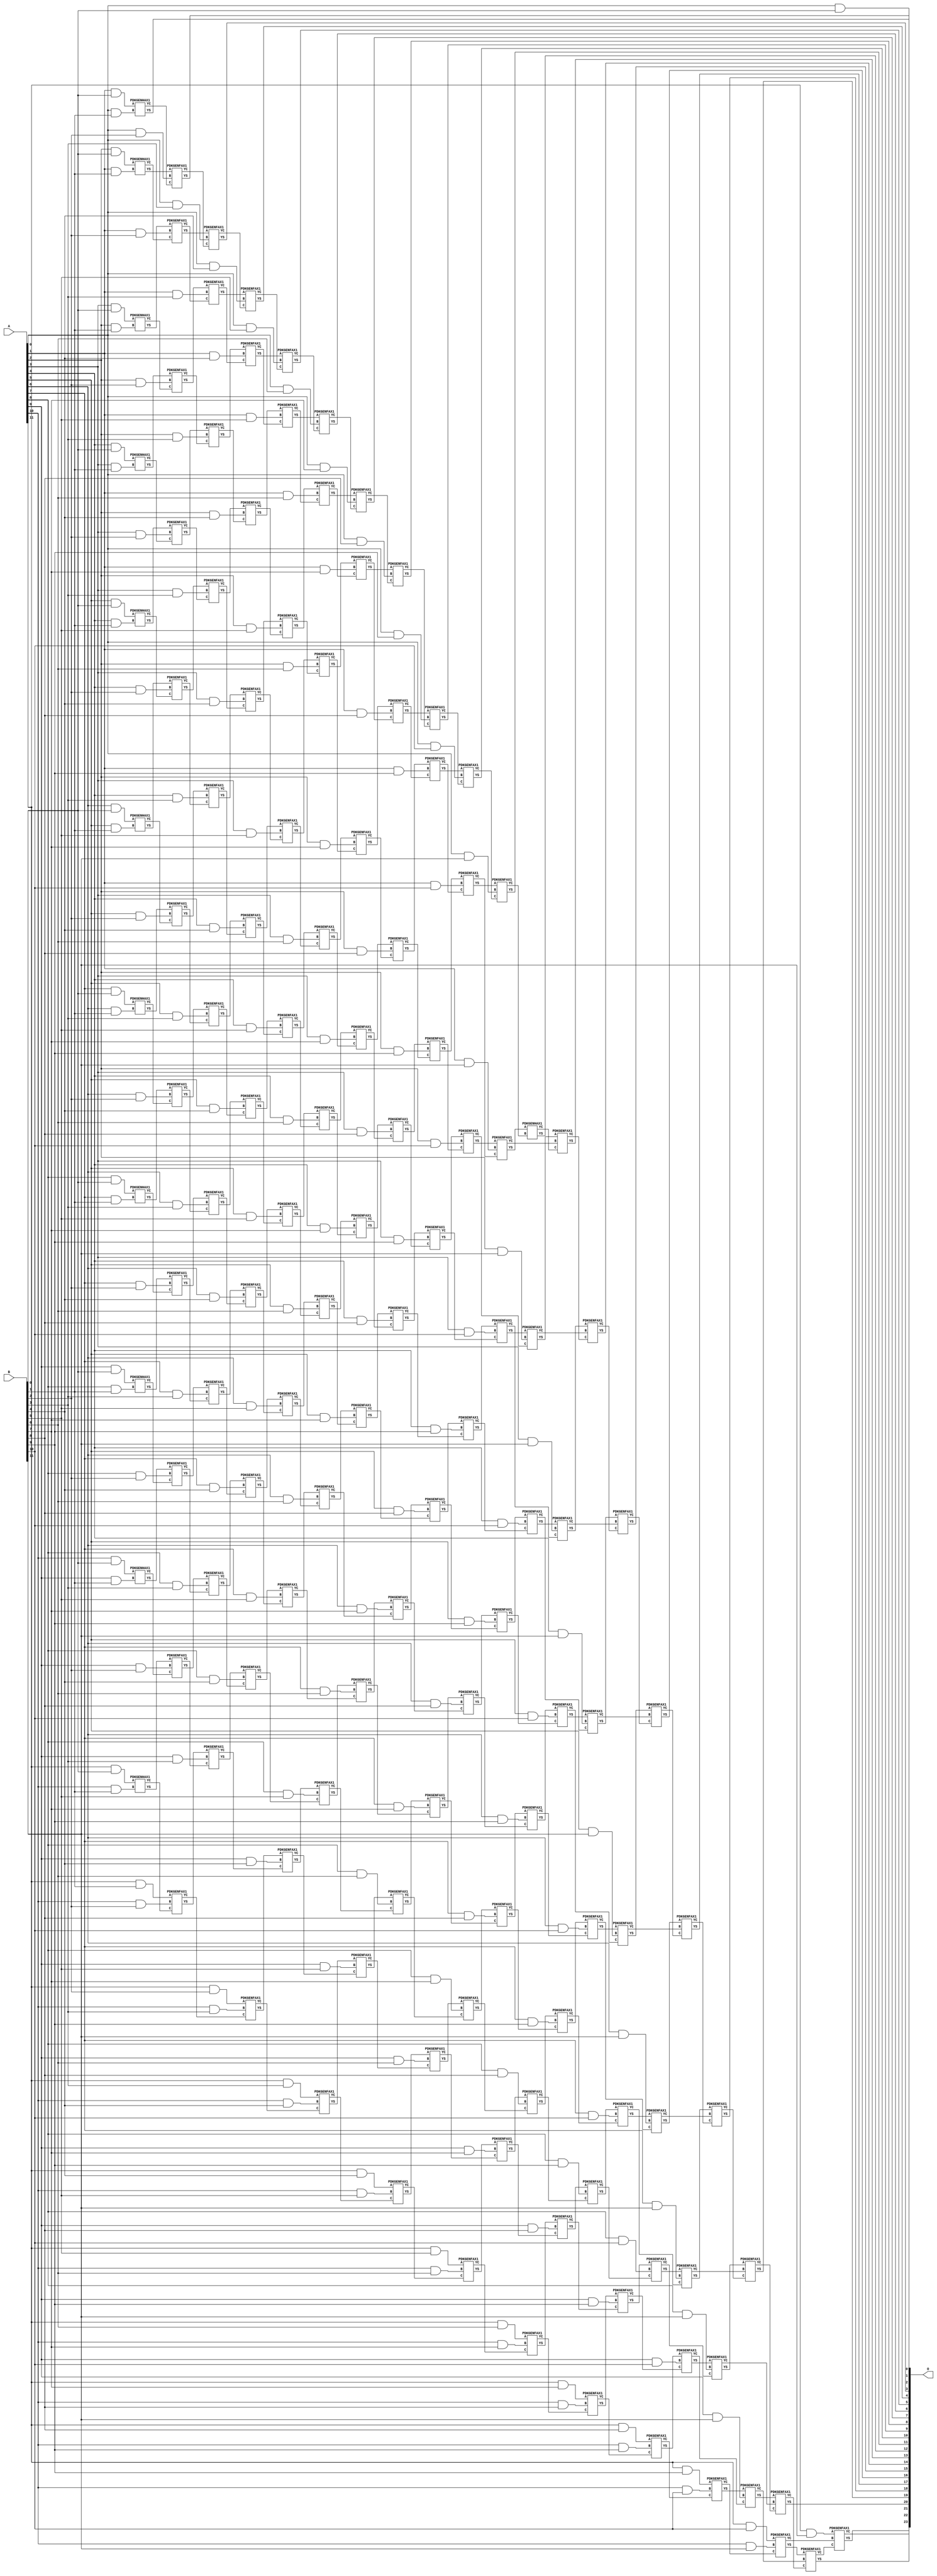
/***
* This code is a part of EvoApproxLib library (ehw.fit.vutbr.cz/approxlib) distributed under The MIT License.
* When used, please cite the following article(s): V. Mrazek, Z. Vasicek and R. Hrbacek, "Role of circuit representation in evolutionary design of energy-efficient approximate circuits" in IET Computers & Digital Techniques, vol. 12, no. 4, pp. 139-149, 7 2018. doi: 10.1049/iet-cdt.2017.0188 
* This file contains a circuit from a sub-set of pareto optimal circuits with respect to the pwr and mse parameters
***/
// MAE% = 0.00 %
// MAE = 0 
// WCE% = 0.00 %
// WCE = 0 
// WCRE% = 0.00 %
// EP% = 0.00 %
// MRE% = 0.00 %
// MSE = 0 
// PDK45_PWR = 1.157 mW
// PDK45_AREA = 1605.0 um2
// PDK45_DELAY = 2.28 ns

module mul12u_1BG(A, B, O);
  input [11:0] A, B;
  output [23:0] O;
  wire n_1192, n_1750, n_1751, n_1206, n_1759, n_1613, n_1612, n_1200, n_1816, n_1684;
  wire n_322, n_706, n_1105, n_1104, n_1295, n_1294, n_156, n_1866, n_729, n_728;
  wire n_721, n_720, n_237, n_236, n_1758, n_2032, n_2033, n_554, n_555, n_214;
  wire n_656, n_126, n_120, n_836, n_1032, n_830, n_424, n_425, n_1402, n_1403;
  wire n_1969, n_1968, n_18, n_19, n_16, n_17, n_14, n_15, n_12, n_13;
  wire n_10, n_11, n_330, n_880, n_336, n_888, n_889, n_1532, n_1242, n_1243;
  wire n_903, n_1085, n_1496, n_1322, n_84, n_779, n_1916, n_1917, n_1910, n_1911;
  wire n_1504, n_1330, n_1148, n_1662, n_1142, n_1394, n_1395, n_1983, n_1982, n_1822;
  wire n_569, n_568, n_1055, n_563, n_562, n_953, n_1358, n_162, n_286, n_287;
  wire n_518, n_510, n_308, n_264, n_265, n_300, n_642, n_794, n_604, n_605;
  wire n_795, n_765, n_764, n_947, n_946, n_417, n_416, n_411, n_410, n_1366;
  wire n_1946, n_45, n_44, n_47, n_46, n_41, n_40, n_43, n_42, n_1040;
  wire n_866, n_1591, n_48, n_1895, n_1894, n_996, n_460, n_461, n_1563, n_1562;
  wire n_468, n_1446, n_1447, n_1554, n_1569, n_1568, n_1626, n_1555, n_1620, n_1621;
  wire n_1184, n_1737, n_1214, n_1743, n_1742, n_1692, n_1134, n_1874, n_1947, n_228;
  wire n_229, n_184, n_634, n_220, n_221, n_2027, n_2026, n_648, n_526, n_134;
  wire n_822, n_352, n_1004, n_982, n_453, n_452, n_358, n_1634, n_736, n_737;
  wire n_1526, n_1251, n_1250, n_1700, n_1706, n_1259, n_1258, n_1991, n_1091, n_1090;
  wire n_852, n_916, n_1098, n_910, n_858, n_1316, n_925, n_924, n_76, n_1903;
  wire n_1902, n_1417, n_1416, n_1598, n_1411, n_1410, n_1794, n_1795, n_1170, n_1178;
  wire n_1599, n_1772, n_1773, n_1678, n_1778, n_1670, n_1389, n_1388, n_1380, n_613;
  wire n_612, n_1830, n_1836, n_576, n_577, n_170, n_178, n_251, n_250, n_259;
  wire n_258, n_316, n_700, n_1099, n_380, n_2018, n_917, n_389, n_388, n_2010;
  wire n_2011, n_911, n_778, n_670, n_678, n_772, n_773, n_952, n_1054, n_402;
  wire n_403, n_1424, n_1425, n_1352, n_30, n_31, n_32, n_33, n_34, n_35;
  wire n_36, n_37, n_38, n_39, n_1585, n_1584, n_816, n_1048, n_1953, n_787;
  wire n_1510, n_786, n_1952, n_1453, n_1452, n_1518, n_496, n_490, n_344, n_1228;
  wire n_1229, n_1220, n_1221, n_1736, n_1590, n_1642, n_1127, n_1126, n_1121, n_1120;
  wire n_1844, n_585, n_584, n_626, n_627, n_192, n_621, n_1961, n_1960, n_532;
  wire n_1648, n_104, n_1018, n_366, n_1010, n_902, n_447, n_692, n_2041, n_2040;
  wire n_743, n_742, n_1300, n_1264, n_1265, n_1308, n_968, n_844, n_1627, n_1068;
  wire n_1069, n_961, n_960, n_1062, n_1063, n_1938, n_1939, n_68, n_1932, n_1933;
  wire n_62, n_1460, n_1461, n_990, n_1468, n_1779, n_1787, n_1786, n_1162, n_8;
  wire n_9, n_4, n_5, n_6, n_7, n_0, n_1, n_2, n_3, n_1765;
  wire n_1764, n_1604, n_1605, n_1800, n_1808, n_1714, n_548, n_540, n_1112, n_1113;
  wire n_2019, n_1286, n_1287, n_148, n_142, n_714, n_242, n_243, n_620, n_1084;
  wire n_394, n_395, n_2005, n_2004, n_662, n_433, n_432, n_1439, n_1438, n_439;
  wire n_438, n_1433, n_1432, n_23, n_22, n_21, n_20, n_27, n_26, n_25;
  wire n_24, n_1974, n_1975, n_29, n_28, n_895, n_894, n_1272, n_1490, n_482;
  wire n_1237, n_1236, n_1729, n_1728, n_1482, n_932, n_933, n_1336, n_1720, n_938;
  wire n_939, n_90, n_98, n_1656, n_1026, n_1156, n_1996, n_1997, n_1990, n_1858;
  wire n_1852, n_590, n_591, n_598, n_599, n_1721, n_1344, n_112, n_295, n_294;
  wire n_808, n_504, n_273, n_272, n_374, n_279, n_278, n_1576, n_1577, n_684;
  wire n_800, n_1548, n_200, n_750, n_751, n_206, n_758, n_759, n_1279, n_1278;
  wire n_1374, n_1273, n_446, n_1540, n_1925, n_1924, n_1888, n_1889, n_874, n_1077;
  wire n_1076, n_1880, n_974, n_54, n_474, n_1474;
  assign n_0 = A[0];
  assign n_1 = A[0];
  assign n_2 = A[1];
  assign n_3 = A[1];
  assign n_4 = A[2];
  assign n_5 = A[2];
  assign n_6 = A[3];
  assign n_7 = A[3];
  assign n_8 = A[4];
  assign n_9 = A[4];
  assign n_10 = A[5];
  assign n_11 = A[5];
  assign n_12 = A[6];
  assign n_13 = A[6];
  assign n_14 = A[7];
  assign n_15 = A[7];
  assign n_16 = A[8];
  assign n_17 = A[8];
  assign n_18 = A[9];
  assign n_19 = A[9];
  assign n_20 = A[10];
  assign n_21 = A[10];
  assign n_22 = A[11];
  assign n_23 = A[11];
  assign n_24 = B[0];
  assign n_25 = B[0];
  assign n_26 = B[1];
  assign n_27 = B[1];
  assign n_28 = B[2];
  assign n_29 = B[2];
  assign n_30 = B[3];
  assign n_31 = B[3];
  assign n_32 = B[4];
  assign n_33 = B[4];
  assign n_34 = B[5];
  assign n_35 = B[5];
  assign n_36 = B[6];
  assign n_37 = B[6];
  assign n_38 = B[7];
  assign n_39 = B[7];
  assign n_40 = B[8];
  assign n_41 = B[8];
  assign n_42 = B[9];
  assign n_43 = B[9];
  assign n_44 = B[10];
  assign n_45 = B[10];
  assign n_46 = B[11];
  assign n_47 = B[11];
  assign n_48 = n_0 & n_24;
  assign n_54 = n_2 & n_24;
  assign n_62 = n_4 & n_24;
  assign n_68 = n_6 & n_24;
  assign n_76 = n_8 & n_24;
  assign n_84 = n_10 & n_24;
  assign n_90 = n_12 & n_24;
  assign n_98 = n_14 & n_24;
  assign n_104 = n_16 & n_24;
  assign n_112 = n_18 & n_24;
  assign n_120 = n_20 & n_24;
  assign n_126 = n_22 & n_24;
  assign n_134 = n_0 & n_26;
  assign n_142 = n_2 & n_26;
  assign n_148 = n_4 & n_26;
  assign n_156 = n_6 & n_26;
  assign n_162 = n_8 & n_26;
  assign n_170 = n_10 & n_26;
  assign n_178 = n_12 & n_26;
  assign n_184 = n_14 & n_26;
  assign n_192 = n_16 & n_26;
  assign n_200 = n_18 & n_26;
  assign n_206 = n_20 & n_26;
  assign n_214 = n_22 & n_26;
  PDKGENHAX1 tmp83(.YS(n_220), .YC(n_221), .A(n_54), .B(n_134));
  PDKGENHAX1 tmp84(.YS(n_228), .YC(n_229), .A(n_62), .B(n_142));
  PDKGENHAX1 tmp85(.YS(n_236), .YC(n_237), .A(n_68), .B(n_148));
  PDKGENHAX1 tmp86(.YS(n_242), .YC(n_243), .A(n_76), .B(n_156));
  PDKGENHAX1 tmp87(.YS(n_250), .YC(n_251), .A(n_84), .B(n_162));
  PDKGENHAX1 tmp88(.YS(n_258), .YC(n_259), .A(n_90), .B(n_170));
  PDKGENHAX1 tmp89(.YS(n_264), .YC(n_265), .A(n_98), .B(n_178));
  PDKGENHAX1 tmp90(.YS(n_272), .YC(n_273), .A(n_104), .B(n_184));
  PDKGENHAX1 tmp91(.YS(n_278), .YC(n_279), .A(n_112), .B(n_192));
  PDKGENHAX1 tmp92(.YS(n_286), .YC(n_287), .A(n_120), .B(n_200));
  PDKGENHAX1 tmp93(.YS(n_294), .YC(n_295), .A(n_126), .B(n_206));
  assign n_300 = n_0 & n_28;
  assign n_308 = n_2 & n_28;
  assign n_316 = n_4 & n_28;
  assign n_322 = n_6 & n_28;
  assign n_330 = n_8 & n_28;
  assign n_336 = n_10 & n_28;
  assign n_344 = n_12 & n_28;
  assign n_352 = n_14 & n_28;
  assign n_358 = n_16 & n_28;
  assign n_366 = n_18 & n_28;
  assign n_374 = n_20 & n_28;
  assign n_380 = n_22 & n_28;
  PDKGENFAX1 tmp106(.YS(n_388), .YC(n_389), .A(n_228), .B(n_300), .C(n_221));
  PDKGENFAX1 tmp107(.YS(n_394), .YC(n_395), .A(n_236), .B(n_308), .C(n_229));
  PDKGENFAX1 tmp108(.YS(n_402), .YC(n_403), .A(n_242), .B(n_316), .C(n_237));
  PDKGENFAX1 tmp109(.YS(n_410), .YC(n_411), .A(n_250), .B(n_322), .C(n_243));
  PDKGENFAX1 tmp110(.YS(n_416), .YC(n_417), .A(n_258), .B(n_330), .C(n_251));
  PDKGENFAX1 tmp111(.YS(n_424), .YC(n_425), .A(n_264), .B(n_336), .C(n_259));
  PDKGENFAX1 tmp112(.YS(n_432), .YC(n_433), .A(n_272), .B(n_344), .C(n_265));
  PDKGENFAX1 tmp113(.YS(n_438), .YC(n_439), .A(n_278), .B(n_352), .C(n_273));
  PDKGENFAX1 tmp114(.YS(n_446), .YC(n_447), .A(n_286), .B(n_358), .C(n_279));
  PDKGENFAX1 tmp115(.YS(n_452), .YC(n_453), .A(n_294), .B(n_366), .C(n_287));
  PDKGENFAX1 tmp116(.YS(n_460), .YC(n_461), .A(n_214), .B(n_374), .C(n_295));
  assign n_468 = n_0 & n_30;
  assign n_474 = n_2 & n_30;
  assign n_482 = n_4 & n_30;
  assign n_490 = n_6 & n_30;
  assign n_496 = n_8 & n_30;
  assign n_504 = n_10 & n_30;
  assign n_510 = n_12 & n_30;
  assign n_518 = n_14 & n_30;
  assign n_526 = n_16 & n_30;
  assign n_532 = n_18 & n_30;
  assign n_540 = n_20 & n_30;
  assign n_548 = n_22 & n_30;
  PDKGENFAX1 tmp129(.YS(n_554), .YC(n_555), .A(n_394), .B(n_468), .C(n_389));
  PDKGENFAX1 tmp130(.YS(n_562), .YC(n_563), .A(n_402), .B(n_474), .C(n_395));
  PDKGENFAX1 tmp131(.YS(n_568), .YC(n_569), .A(n_410), .B(n_482), .C(n_403));
  PDKGENFAX1 tmp132(.YS(n_576), .YC(n_577), .A(n_416), .B(n_490), .C(n_411));
  PDKGENFAX1 tmp133(.YS(n_584), .YC(n_585), .A(n_424), .B(n_496), .C(n_417));
  PDKGENFAX1 tmp134(.YS(n_590), .YC(n_591), .A(n_432), .B(n_504), .C(n_425));
  PDKGENFAX1 tmp135(.YS(n_598), .YC(n_599), .A(n_438), .B(n_510), .C(n_433));
  PDKGENFAX1 tmp136(.YS(n_604), .YC(n_605), .A(n_446), .B(n_518), .C(n_439));
  PDKGENFAX1 tmp137(.YS(n_612), .YC(n_613), .A(n_452), .B(n_526), .C(n_447));
  PDKGENFAX1 tmp138(.YS(n_620), .YC(n_621), .A(n_460), .B(n_532), .C(n_453));
  PDKGENFAX1 tmp139(.YS(n_626), .YC(n_627), .A(n_380), .B(n_540), .C(n_461));
  assign n_634 = n_0 & n_32;
  assign n_642 = n_2 & n_32;
  assign n_648 = n_4 & n_32;
  assign n_656 = n_6 & n_32;
  assign n_662 = n_8 & n_32;
  assign n_670 = n_10 & n_32;
  assign n_678 = n_12 & n_32;
  assign n_684 = n_14 & n_32;
  assign n_692 = n_16 & n_32;
  assign n_700 = n_18 & n_32;
  assign n_706 = n_20 & n_32;
  assign n_714 = n_22 & n_32;
  PDKGENFAX1 tmp152(.YS(n_720), .YC(n_721), .A(n_562), .B(n_634), .C(n_555));
  PDKGENFAX1 tmp153(.YS(n_728), .YC(n_729), .A(n_568), .B(n_642), .C(n_563));
  PDKGENFAX1 tmp154(.YS(n_736), .YC(n_737), .A(n_576), .B(n_648), .C(n_569));
  PDKGENFAX1 tmp155(.YS(n_742), .YC(n_743), .A(n_584), .B(n_656), .C(n_577));
  PDKGENFAX1 tmp156(.YS(n_750), .YC(n_751), .A(n_590), .B(n_662), .C(n_585));
  PDKGENFAX1 tmp157(.YS(n_758), .YC(n_759), .A(n_598), .B(n_670), .C(n_591));
  PDKGENFAX1 tmp158(.YS(n_764), .YC(n_765), .A(n_604), .B(n_678), .C(n_599));
  PDKGENFAX1 tmp159(.YS(n_772), .YC(n_773), .A(n_612), .B(n_684), .C(n_605));
  PDKGENFAX1 tmp160(.YS(n_778), .YC(n_779), .A(n_620), .B(n_692), .C(n_613));
  PDKGENFAX1 tmp161(.YS(n_786), .YC(n_787), .A(n_626), .B(n_700), .C(n_621));
  PDKGENFAX1 tmp162(.YS(n_794), .YC(n_795), .A(n_548), .B(n_706), .C(n_627));
  assign n_800 = n_0 & n_34;
  assign n_808 = n_2 & n_34;
  assign n_816 = n_4 & n_34;
  assign n_822 = n_6 & n_34;
  assign n_830 = n_8 & n_34;
  assign n_836 = n_10 & n_34;
  assign n_844 = n_12 & n_34;
  assign n_852 = n_14 & n_34;
  assign n_858 = n_16 & n_34;
  assign n_866 = n_18 & n_34;
  assign n_874 = n_20 & n_34;
  assign n_880 = n_22 & n_34;
  PDKGENFAX1 tmp175(.YS(n_888), .YC(n_889), .A(n_728), .B(n_800), .C(n_721));
  PDKGENFAX1 tmp176(.YS(n_894), .YC(n_895), .A(n_736), .B(n_808), .C(n_729));
  PDKGENFAX1 tmp177(.YS(n_902), .YC(n_903), .A(n_742), .B(n_816), .C(n_737));
  PDKGENFAX1 tmp178(.YS(n_910), .YC(n_911), .A(n_750), .B(n_822), .C(n_743));
  PDKGENFAX1 tmp179(.YS(n_916), .YC(n_917), .A(n_758), .B(n_830), .C(n_751));
  PDKGENFAX1 tmp180(.YS(n_924), .YC(n_925), .A(n_764), .B(n_836), .C(n_759));
  PDKGENFAX1 tmp181(.YS(n_932), .YC(n_933), .A(n_772), .B(n_844), .C(n_765));
  PDKGENFAX1 tmp182(.YS(n_938), .YC(n_939), .A(n_778), .B(n_852), .C(n_773));
  PDKGENFAX1 tmp183(.YS(n_946), .YC(n_947), .A(n_786), .B(n_858), .C(n_779));
  PDKGENFAX1 tmp184(.YS(n_952), .YC(n_953), .A(n_794), .B(n_866), .C(n_787));
  PDKGENFAX1 tmp185(.YS(n_960), .YC(n_961), .A(n_714), .B(n_874), .C(n_795));
  assign n_968 = n_0 & n_36;
  assign n_974 = n_2 & n_36;
  assign n_982 = n_4 & n_36;
  assign n_990 = n_6 & n_36;
  assign n_996 = n_8 & n_36;
  assign n_1004 = n_10 & n_36;
  assign n_1010 = n_12 & n_36;
  assign n_1018 = n_14 & n_36;
  assign n_1026 = n_16 & n_36;
  assign n_1032 = n_18 & n_36;
  assign n_1040 = n_20 & n_36;
  assign n_1048 = n_22 & n_36;
  PDKGENFAX1 tmp198(.YS(n_1054), .YC(n_1055), .A(n_894), .B(n_968), .C(n_889));
  PDKGENFAX1 tmp199(.YS(n_1062), .YC(n_1063), .A(n_902), .B(n_974), .C(n_895));
  PDKGENFAX1 tmp200(.YS(n_1068), .YC(n_1069), .A(n_910), .B(n_982), .C(n_903));
  PDKGENFAX1 tmp201(.YS(n_1076), .YC(n_1077), .A(n_916), .B(n_990), .C(n_911));
  PDKGENFAX1 tmp202(.YS(n_1084), .YC(n_1085), .A(n_924), .B(n_996), .C(n_917));
  PDKGENFAX1 tmp203(.YS(n_1090), .YC(n_1091), .A(n_932), .B(n_1004), .C(n_925));
  PDKGENFAX1 tmp204(.YS(n_1098), .YC(n_1099), .A(n_938), .B(n_1010), .C(n_933));
  PDKGENFAX1 tmp205(.YS(n_1104), .YC(n_1105), .A(n_946), .B(n_1018), .C(n_939));
  PDKGENFAX1 tmp206(.YS(n_1112), .YC(n_1113), .A(n_952), .B(n_1026), .C(n_947));
  PDKGENFAX1 tmp207(.YS(n_1120), .YC(n_1121), .A(n_960), .B(n_1032), .C(n_953));
  PDKGENFAX1 tmp208(.YS(n_1126), .YC(n_1127), .A(n_880), .B(n_1040), .C(n_961));
  assign n_1134 = n_0 & n_38;
  assign n_1142 = n_2 & n_38;
  assign n_1148 = n_4 & n_38;
  assign n_1156 = n_6 & n_38;
  assign n_1162 = n_8 & n_38;
  assign n_1170 = n_10 & n_38;
  assign n_1178 = n_12 & n_38;
  assign n_1184 = n_14 & n_38;
  assign n_1192 = n_16 & n_38;
  assign n_1200 = n_18 & n_38;
  assign n_1206 = n_20 & n_38;
  assign n_1214 = n_22 & n_38;
  PDKGENFAX1 tmp221(.YS(n_1220), .YC(n_1221), .A(n_1062), .B(n_1134), .C(n_1055));
  PDKGENFAX1 tmp222(.YS(n_1228), .YC(n_1229), .A(n_1068), .B(n_1142), .C(n_1063));
  PDKGENFAX1 tmp223(.YS(n_1236), .YC(n_1237), .A(n_1076), .B(n_1148), .C(n_1069));
  PDKGENFAX1 tmp224(.YS(n_1242), .YC(n_1243), .A(n_1084), .B(n_1156), .C(n_1077));
  PDKGENFAX1 tmp225(.YS(n_1250), .YC(n_1251), .A(n_1090), .B(n_1162), .C(n_1085));
  PDKGENFAX1 tmp226(.YS(n_1258), .YC(n_1259), .A(n_1098), .B(n_1170), .C(n_1091));
  PDKGENFAX1 tmp227(.YS(n_1264), .YC(n_1265), .A(n_1104), .B(n_1178), .C(n_1099));
  PDKGENFAX1 tmp228(.YS(n_1272), .YC(n_1273), .A(n_1112), .B(n_1184), .C(n_1105));
  PDKGENFAX1 tmp229(.YS(n_1278), .YC(n_1279), .A(n_1120), .B(n_1192), .C(n_1113));
  PDKGENFAX1 tmp230(.YS(n_1286), .YC(n_1287), .A(n_1126), .B(n_1200), .C(n_1121));
  PDKGENFAX1 tmp231(.YS(n_1294), .YC(n_1295), .A(n_1048), .B(n_1206), .C(n_1127));
  assign n_1300 = n_0 & n_40;
  assign n_1308 = n_2 & n_40;
  assign n_1316 = n_4 & n_40;
  assign n_1322 = n_6 & n_40;
  assign n_1330 = n_8 & n_40;
  assign n_1336 = n_10 & n_40;
  assign n_1344 = n_12 & n_40;
  assign n_1352 = n_14 & n_40;
  assign n_1358 = n_16 & n_40;
  assign n_1366 = n_18 & n_40;
  assign n_1374 = n_20 & n_40;
  assign n_1380 = n_22 & n_40;
  PDKGENFAX1 tmp244(.YS(n_1388), .YC(n_1389), .A(n_1228), .B(n_1300), .C(n_1221));
  PDKGENFAX1 tmp245(.YS(n_1394), .YC(n_1395), .A(n_1236), .B(n_1308), .C(n_1229));
  PDKGENFAX1 tmp246(.YS(n_1402), .YC(n_1403), .A(n_1242), .B(n_1316), .C(n_1237));
  PDKGENFAX1 tmp247(.YS(n_1410), .YC(n_1411), .A(n_1250), .B(n_1322), .C(n_1243));
  PDKGENFAX1 tmp248(.YS(n_1416), .YC(n_1417), .A(n_1258), .B(n_1330), .C(n_1251));
  PDKGENFAX1 tmp249(.YS(n_1424), .YC(n_1425), .A(n_1264), .B(n_1336), .C(n_1259));
  PDKGENFAX1 tmp250(.YS(n_1432), .YC(n_1433), .A(n_1272), .B(n_1344), .C(n_1265));
  PDKGENFAX1 tmp251(.YS(n_1438), .YC(n_1439), .A(n_1278), .B(n_1352), .C(n_1273));
  PDKGENFAX1 tmp252(.YS(n_1446), .YC(n_1447), .A(n_1286), .B(n_1358), .C(n_1279));
  PDKGENFAX1 tmp253(.YS(n_1452), .YC(n_1453), .A(n_1294), .B(n_1366), .C(n_1287));
  PDKGENFAX1 tmp254(.YS(n_1460), .YC(n_1461), .A(n_1214), .B(n_1374), .C(n_1295));
  assign n_1468 = n_0 & n_42;
  assign n_1474 = n_2 & n_42;
  assign n_1482 = n_4 & n_42;
  assign n_1490 = n_6 & n_42;
  assign n_1496 = n_8 & n_42;
  assign n_1504 = n_10 & n_42;
  assign n_1510 = n_12 & n_42;
  assign n_1518 = n_14 & n_42;
  assign n_1526 = n_16 & n_42;
  assign n_1532 = n_18 & n_42;
  assign n_1540 = n_20 & n_42;
  assign n_1548 = n_22 & n_42;
  PDKGENFAX1 tmp267(.YS(n_1554), .YC(n_1555), .A(n_1394), .B(n_1468), .C(n_1389));
  PDKGENFAX1 tmp268(.YS(n_1562), .YC(n_1563), .A(n_1402), .B(n_1474), .C(n_1395));
  PDKGENFAX1 tmp269(.YS(n_1568), .YC(n_1569), .A(n_1410), .B(n_1482), .C(n_1403));
  PDKGENFAX1 tmp270(.YS(n_1576), .YC(n_1577), .A(n_1416), .B(n_1490), .C(n_1411));
  PDKGENFAX1 tmp271(.YS(n_1584), .YC(n_1585), .A(n_1424), .B(n_1496), .C(n_1417));
  PDKGENFAX1 tmp272(.YS(n_1590), .YC(n_1591), .A(n_1432), .B(n_1504), .C(n_1425));
  PDKGENFAX1 tmp273(.YS(n_1598), .YC(n_1599), .A(n_1438), .B(n_1510), .C(n_1433));
  PDKGENFAX1 tmp274(.YS(n_1604), .YC(n_1605), .A(n_1446), .B(n_1518), .C(n_1439));
  PDKGENFAX1 tmp275(.YS(n_1612), .YC(n_1613), .A(n_1452), .B(n_1526), .C(n_1447));
  PDKGENFAX1 tmp276(.YS(n_1620), .YC(n_1621), .A(n_1460), .B(n_1532), .C(n_1453));
  PDKGENFAX1 tmp277(.YS(n_1626), .YC(n_1627), .A(n_1380), .B(n_1540), .C(n_1461));
  assign n_1634 = n_0 & n_44;
  assign n_1642 = n_2 & n_44;
  assign n_1648 = n_4 & n_44;
  assign n_1656 = n_6 & n_44;
  assign n_1662 = n_8 & n_44;
  assign n_1670 = n_10 & n_44;
  assign n_1678 = n_12 & n_44;
  assign n_1684 = n_14 & n_44;
  assign n_1692 = n_16 & n_44;
  assign n_1700 = n_18 & n_44;
  assign n_1706 = n_20 & n_44;
  assign n_1714 = n_22 & n_44;
  PDKGENFAX1 tmp290(.YS(n_1720), .YC(n_1721), .A(n_1562), .B(n_1634), .C(n_1555));
  PDKGENFAX1 tmp291(.YS(n_1728), .YC(n_1729), .A(n_1568), .B(n_1642), .C(n_1563));
  PDKGENFAX1 tmp292(.YS(n_1736), .YC(n_1737), .A(n_1576), .B(n_1648), .C(n_1569));
  PDKGENFAX1 tmp293(.YS(n_1742), .YC(n_1743), .A(n_1584), .B(n_1656), .C(n_1577));
  PDKGENFAX1 tmp294(.YS(n_1750), .YC(n_1751), .A(n_1590), .B(n_1662), .C(n_1585));
  PDKGENFAX1 tmp295(.YS(n_1758), .YC(n_1759), .A(n_1598), .B(n_1670), .C(n_1591));
  PDKGENFAX1 tmp296(.YS(n_1764), .YC(n_1765), .A(n_1604), .B(n_1678), .C(n_1599));
  PDKGENFAX1 tmp297(.YS(n_1772), .YC(n_1773), .A(n_1612), .B(n_1684), .C(n_1605));
  PDKGENFAX1 tmp298(.YS(n_1778), .YC(n_1779), .A(n_1620), .B(n_1692), .C(n_1613));
  PDKGENFAX1 tmp299(.YS(n_1786), .YC(n_1787), .A(n_1626), .B(n_1700), .C(n_1621));
  PDKGENFAX1 tmp300(.YS(n_1794), .YC(n_1795), .A(n_1548), .B(n_1706), .C(n_1627));
  assign n_1800 = n_0 & n_46;
  assign n_1808 = n_2 & n_46;
  assign n_1816 = n_4 & n_46;
  assign n_1822 = n_6 & n_46;
  assign n_1830 = n_8 & n_46;
  assign n_1836 = n_10 & n_46;
  assign n_1844 = n_12 & n_46;
  assign n_1852 = n_14 & n_46;
  assign n_1858 = n_16 & n_46;
  assign n_1866 = n_18 & n_46;
  assign n_1874 = n_20 & n_46;
  assign n_1880 = n_22 & n_46;
  PDKGENFAX1 tmp313(.YS(n_1888), .YC(n_1889), .A(n_1728), .B(n_1800), .C(n_1721));
  PDKGENFAX1 tmp314(.YS(n_1894), .YC(n_1895), .A(n_1736), .B(n_1808), .C(n_1729));
  PDKGENFAX1 tmp315(.YS(n_1902), .YC(n_1903), .A(n_1742), .B(n_1816), .C(n_1737));
  PDKGENFAX1 tmp316(.YS(n_1910), .YC(n_1911), .A(n_1750), .B(n_1822), .C(n_1743));
  PDKGENFAX1 tmp317(.YS(n_1916), .YC(n_1917), .A(n_1758), .B(n_1830), .C(n_1751));
  PDKGENFAX1 tmp318(.YS(n_1924), .YC(n_1925), .A(n_1764), .B(n_1836), .C(n_1759));
  PDKGENFAX1 tmp319(.YS(n_1932), .YC(n_1933), .A(n_1772), .B(n_1844), .C(n_1765));
  PDKGENFAX1 tmp320(.YS(n_1938), .YC(n_1939), .A(n_1778), .B(n_1852), .C(n_1773));
  PDKGENFAX1 tmp321(.YS(n_1946), .YC(n_1947), .A(n_1786), .B(n_1858), .C(n_1779));
  PDKGENFAX1 tmp322(.YS(n_1952), .YC(n_1953), .A(n_1794), .B(n_1866), .C(n_1787));
  PDKGENFAX1 tmp323(.YS(n_1960), .YC(n_1961), .A(n_1714), .B(n_1874), .C(n_1795));
  PDKGENHAX1 tmp324(.YS(n_1968), .YC(n_1969), .A(n_1894), .B(n_1889));
  PDKGENFAX1 tmp325(.YS(n_1974), .YC(n_1975), .A(n_1902), .B(n_1895), .C(n_1969));
  PDKGENFAX1 tmp326(.YS(n_1982), .YC(n_1983), .A(n_1910), .B(n_1903), .C(n_1975));
  PDKGENFAX1 tmp327(.YS(n_1990), .YC(n_1991), .A(n_1916), .B(n_1911), .C(n_1983));
  PDKGENFAX1 tmp328(.YS(n_1996), .YC(n_1997), .A(n_1924), .B(n_1917), .C(n_1991));
  PDKGENFAX1 tmp329(.YS(n_2004), .YC(n_2005), .A(n_1932), .B(n_1925), .C(n_1997));
  PDKGENFAX1 tmp330(.YS(n_2010), .YC(n_2011), .A(n_1938), .B(n_1933), .C(n_2005));
  PDKGENFAX1 tmp331(.YS(n_2018), .YC(n_2019), .A(n_1946), .B(n_1939), .C(n_2011));
  PDKGENFAX1 tmp332(.YS(n_2026), .YC(n_2027), .A(n_1952), .B(n_1947), .C(n_2019));
  PDKGENFAX1 tmp333(.YS(n_2032), .YC(n_2033), .A(n_1960), .B(n_1953), .C(n_2027));
  PDKGENFAX1 tmp334(.YS(n_2040), .YC(n_2041), .A(n_1880), .B(n_1961), .C(n_2033));
  assign O[0] = n_48;
  assign O[1] = n_220;
  assign O[2] = n_388;
  assign O[3] = n_554;
  assign O[4] = n_720;
  assign O[5] = n_888;
  assign O[6] = n_1054;
  assign O[7] = n_1220;
  assign O[8] = n_1388;
  assign O[9] = n_1554;
  assign O[10] = n_1720;
  assign O[11] = n_1888;
  assign O[12] = n_1968;
  assign O[13] = n_1974;
  assign O[14] = n_1982;
  assign O[15] = n_1990;
  assign O[16] = n_1996;
  assign O[17] = n_2004;
  assign O[18] = n_2010;
  assign O[19] = n_2018;
  assign O[20] = n_2026;
  assign O[21] = n_2032;
  assign O[22] = n_2040;
  assign O[23] = n_2041;
endmodule

/* mod */
module PDKGENHAX1( input A, input B, output YS, output YC );
    assign YS = A ^ B;
    assign YC = A & B;
endmodule
/* mod */
module PDKGENFAX1( input A, input B, input C, output YS, output YC );
    assign YS = (A ^ B) ^ C;
    assign YC = (A & B) | (B & C) | (A & C);
endmodule